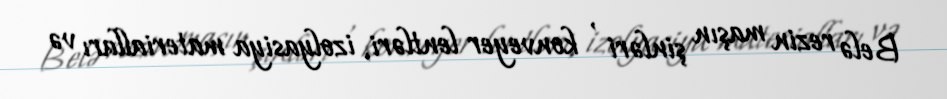
Belə rezin maşın şinləri , konveyer lentləri, izolyasiya materialları və